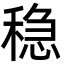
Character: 稳